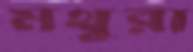
মথুরা